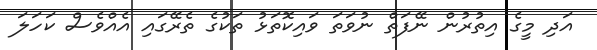
އަދި މީގެ އިތުރުން ނޭފަތް ނުވަތަ ވައިކޮތަޅު ތަކުގެ ތެރޭގައި އެއްވެސް ކަހަލަ